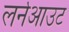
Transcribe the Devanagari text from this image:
लर्नआउट